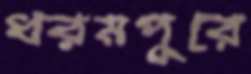
ধরমপুরে